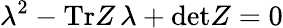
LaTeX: \lambda^{2}-\mathrm{Tr}Z\, \lambda+\mathrm{det}Z=0